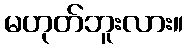
မဟုတ်ဘူးလား။